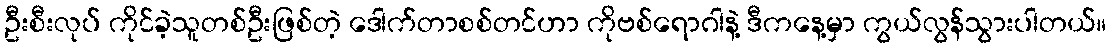
ဦးစီးလုပ် ကိုင်ခဲ့သူတစ်ဦးဖြစ်တဲ့ ဒေါက်တာစစ်တင်ဟာ ကိုဗစ်ရောဂါနဲ့ ဒီကနေ့မှာ ကွယ်လွန်သွားပါတယ်။